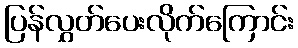
ပြန်လွှတ်ပေးလိုက်ကြောင်း